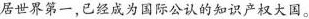
居世界第一，已经成为国际公认的知识产权大国。